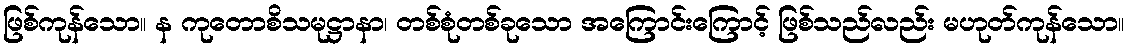
ဖြစ်ကုန်သော။ န ကုတောစိသမုဋ္ဌာနာ၊ တစ်စုံတစ်ခုသော အကြောင်းကြောင့် ဖြစ်သည်လည်း မဟုတ်ကုန်သော။